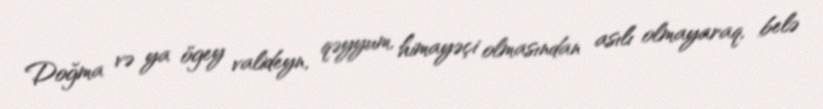
Doğma və ya ögey valideyn, qəyyum, himayəçi olmasından asılı olmayaraq, belə